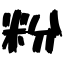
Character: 粉